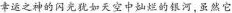
幸运之神的闪光犹如天空中灿烂的银河，虽然它